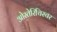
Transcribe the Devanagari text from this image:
ओस्तेरिचिस्चर